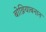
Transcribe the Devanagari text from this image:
बोथ्नियाबनान